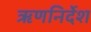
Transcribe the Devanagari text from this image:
ऋणनिर्देश